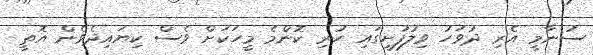
ސުނާމީ އެރި ދުވަހު ވިލުފުށީގައި ހުރި ކޮންމެ މީހަކަށް ވެސް ކިޔައިދެވެން އޮތީ